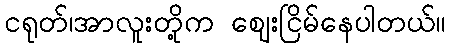
ငရုတ်၊အာလူးတို့က ဈေးငြိမ်နေပါတယ်။